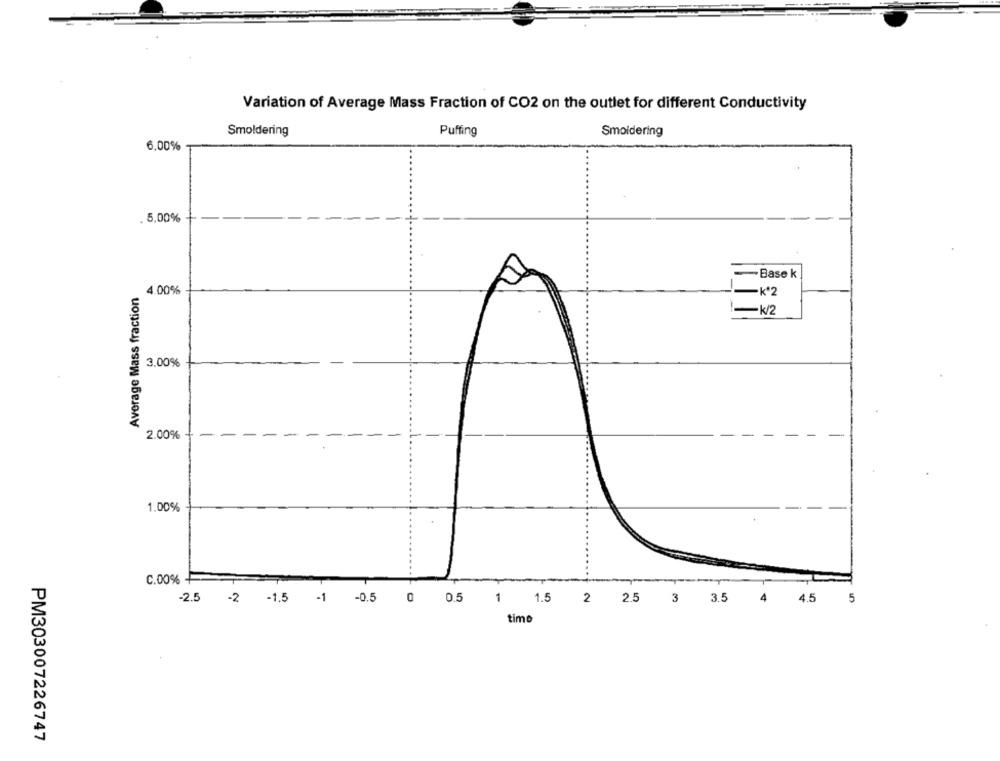
Variation of Average Mass Fraction of CO2 on the outlet for different Conductivity
Smoldering
Puffing
Smoldering
6.00%
. 5.00%
-Base k
4.00%
Average Mass fraction
-k*2
-k/2
3.00%
2.00%
-
-
1.00%
C.00% +
-2.5 -2 -1.5 -1 -0.5 0 0.5 1 1.5 2 2.5 3
3.5
4
4.5
5
timo
PM303007226747